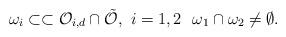
LaTeX: \begin{align*}\omega_i \subset \subset \mathcal{O}_{i,d} \cap \tilde{\mathcal{O}},\ i=1,2\ \ \omega_1 \cap \omega_2 \neq \emptyset.\end{align*}